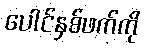
ပေါင်နှစ်ဖက်ကို